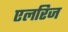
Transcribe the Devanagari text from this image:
एलरिज